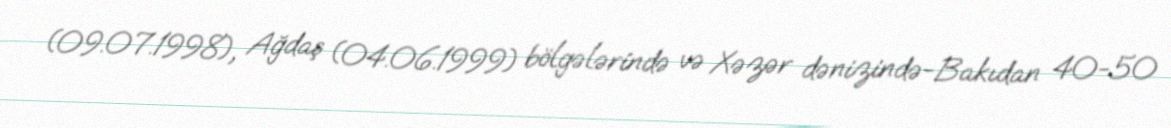
(09.07.1998), Ağdaş (04.06.1999) bölgələrində və Xəzər dənizində-Bakıdan 40-50